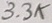
Text: 3.3K